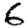
Digit: 6